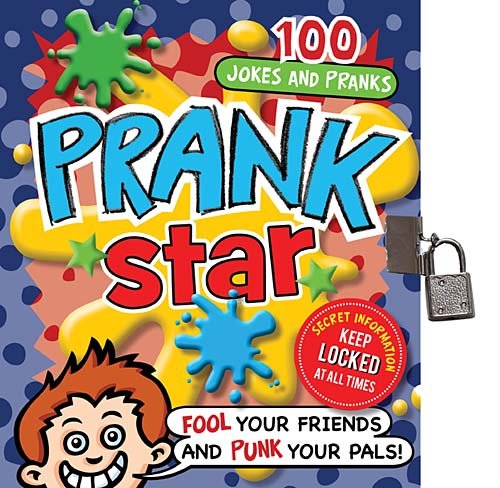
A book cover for Prank Star; Tim Bugbird; Children's Books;